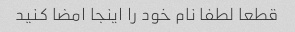
قطعا لطفا نام خود را اینجا امضا کنید